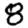
Digit: 8